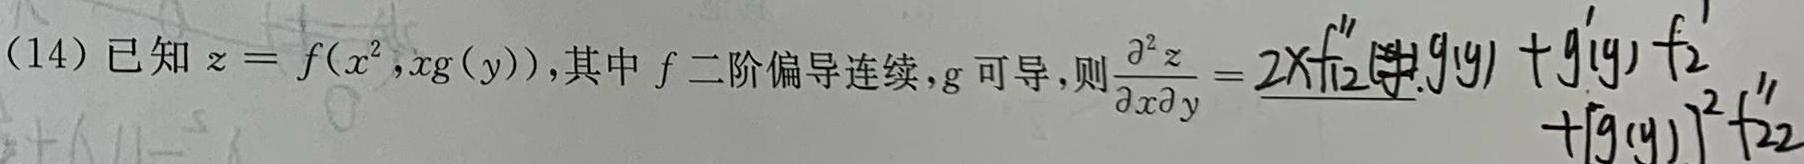
(14) 已知$z = f(x^{2},xg(y))$,其中$f$二阶偏导连续,$g$可导,则$\frac{\partial^{2}z}{\partial x\partial y}=2xf_{12}''g(y)+g'(y)f_{2}'+[g(y)]^{2}f_{22}''$